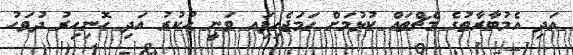
އަދި އެމުބާރާތުގެ މެޗްތައް ކުޅުމަށް ހަމަޖެހިފަިއ ވަނީ ހުކުރު އަދި ހޮނިހިރު ދުވަހު